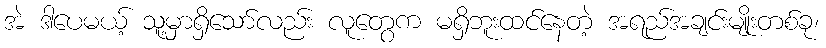
အဲ ဒါပေမယ့် သူ့မှာရှိသော်လည်း လူတွေက မရှိဘူးထင်နေတဲ့ အရည်အချင်းမျိုးတစ်ခု၊